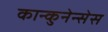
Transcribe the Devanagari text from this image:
कान्कुनेन्सेस